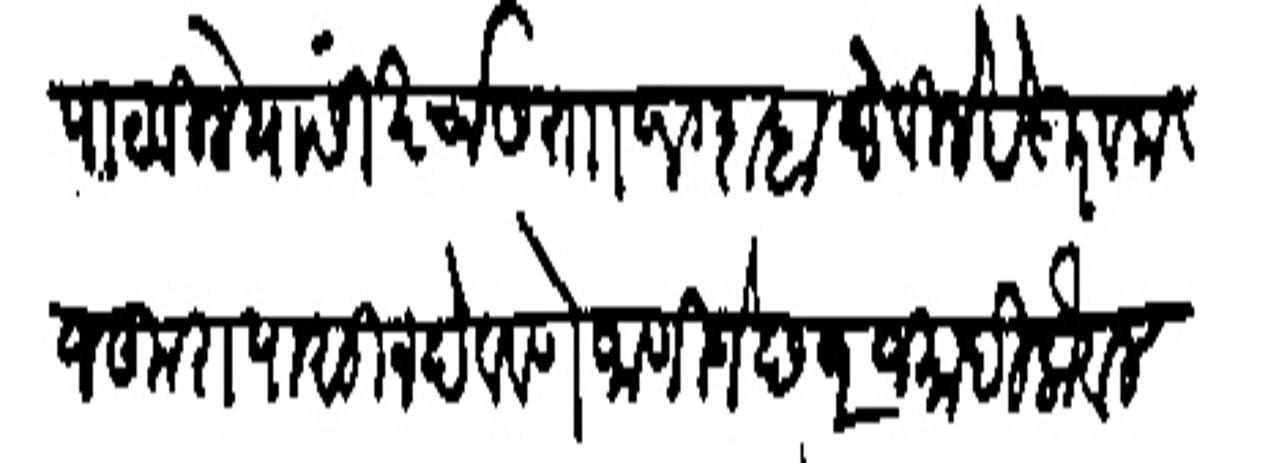
Transliteration (Devanagari): पाठविले यांसी खर्चास का १० दाहा देविले हे गुरव म
जकुरापासोन देववणे जाणिजे ल २ जमादिलोवल